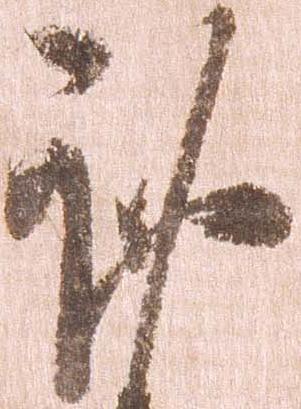
謹